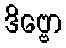
ဒိဗ္ဗော